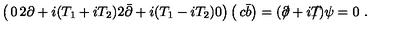
\left( \begin{matrix} { 0 } & { 2 \partial + i ( T _ { 1 } + i T _ { 2 } ) } \\ { 2 \bar { \partial } + i ( T _ { 1 } - i T _ { 2 } ) } & { 0 } \\ \end{matrix} \right) \left( \begin{matrix} { c } \\ { \bar { b } } \\ \end{matrix} \right) = ( \partial \! \! \! / + i T \! \! \! \! / ) \psi = 0 \ .